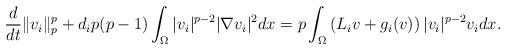
LaTeX: \begin{align*}\frac{d}{dt}\|v_i\|_p^p + d_ip(p-1)\int_{\Omega}|v_i|^{p-2}|\nabla v_i|^2dx = p\int_{\Omega}\left(L_i v + g_i(v)\right)|v_i|^{p-2}v_idx.\end{align*}